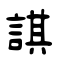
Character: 諆